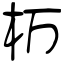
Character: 杤